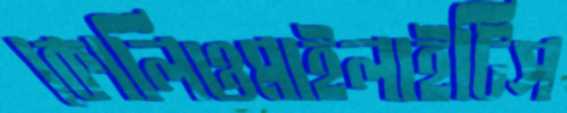
কোলিওমাইলাইটিস